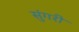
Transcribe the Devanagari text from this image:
सुंगरी